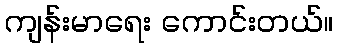
ကျန်းမာရေး ကောင်းတယ်။